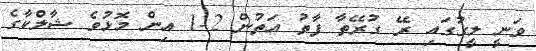
ވަނީ ލީގުގައި ރޭ ގުރޭތާ ފާތު އަތުން 2-1 އިން މޮޅުވެ ޝާލްކާގެ